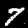
Label: 7